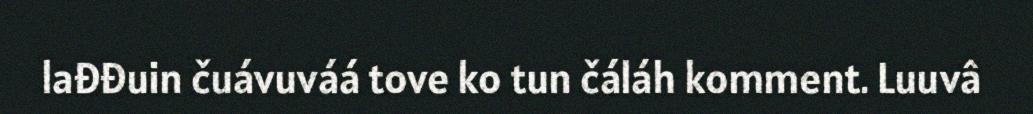
lađđuin čuávuváá tove ko tun čáláh komment. Luuvâ